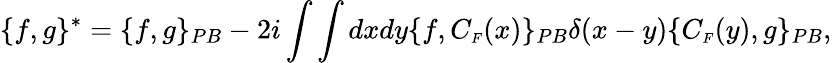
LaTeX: \{ f,g\} ^{*}=\{ f,g\} _{PB}-2i\int\int dxdy\{ f,C_{\scriptscriptstyle F}(x)\} _{PB}\delta(x-y)\{ C_{\scriptscriptstyle F}(y),g\} _{PB},